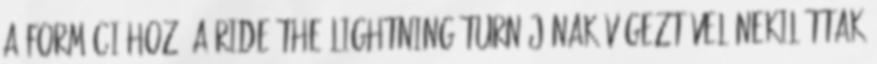
a formációhoz. A Ride the Lightning turnéjának végeztével nekiláttak